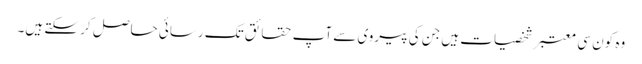
وہ کون سی معتبر شخصیات ہیں جن کی پیروی سے آپ حقائق تک رسائی حاصل کر سکتے ہیں۔